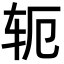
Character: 轭